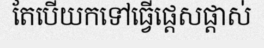
តែបើយកទៅធ្វើផ្តេសផ្តាស់